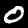
Label: 0